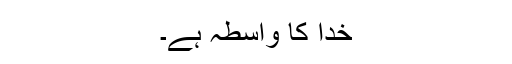
خدا کا واسطہ ہے۔